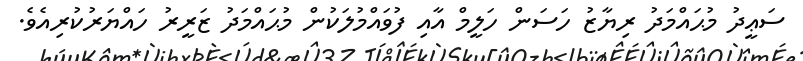
ސަޢީދު މުޙައްމަދު ރިޔާޒު ހަސަން ހަލީމް އާއި ފުވައްމުލަކުން މުޙައްމަދު ޒަރީރު ހައްޔަރުކުރިއެވެ.